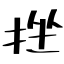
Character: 挫